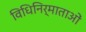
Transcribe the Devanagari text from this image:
विधिनिर्माताओं